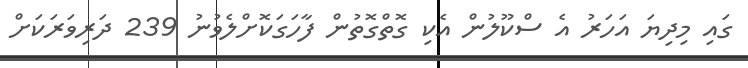
ގައި މިދިޔަ އަހަރު އެ ސްކޫލުން އެކި ގޮތްގޮތުން ފާހަގަކޮށްލެވުނު 239 ދަރިވަރަކަށް